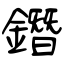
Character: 鐕